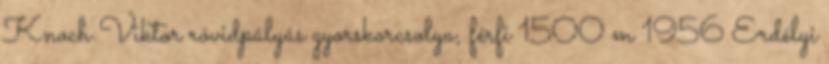
Knoch Viktor rövidpályás gyorskorcsolya, férfi 1500 m 1956 Erdélyi